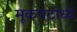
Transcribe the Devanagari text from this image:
मूकपटांध्ये